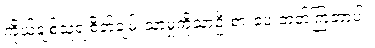
ကိုယ့်ချစ်သူရဲ့စိတ်ချမ်းသာမှုကိုသာဦးစားပေးတတ်ကြတာပါ။